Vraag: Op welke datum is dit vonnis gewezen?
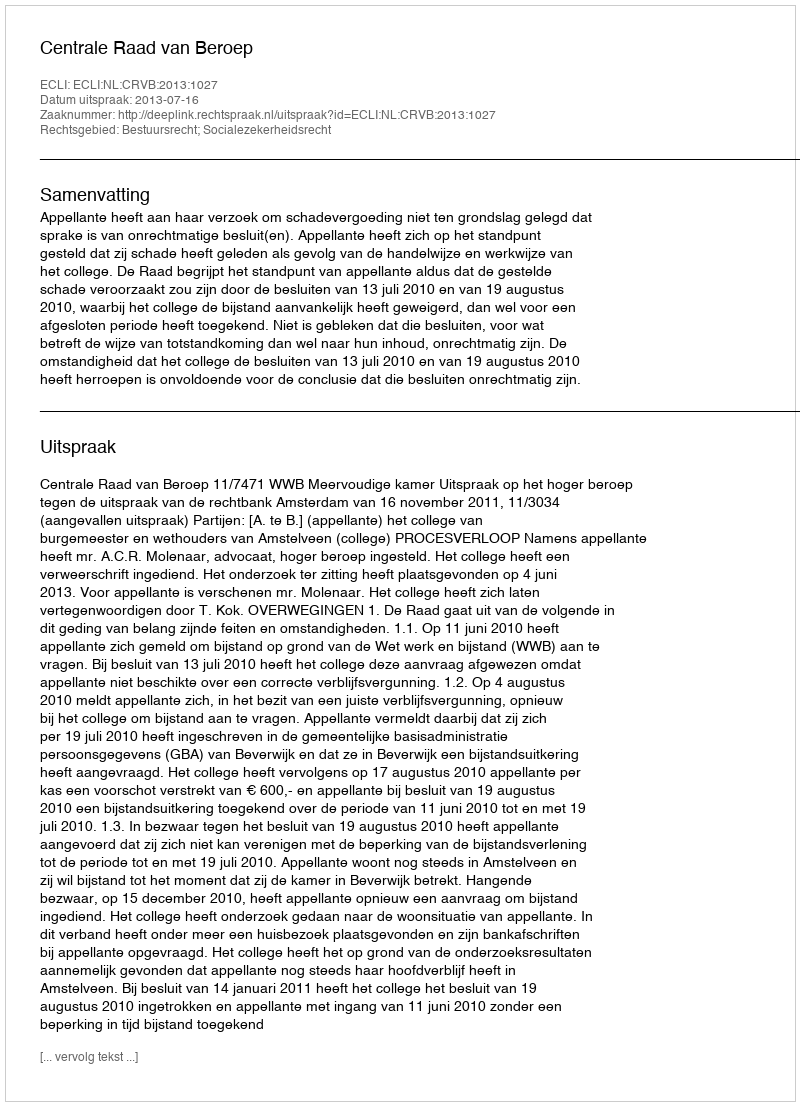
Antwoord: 2013-07-16